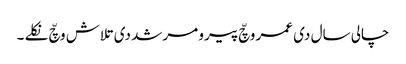
چالی سال دی عمر وچّ پیرو مرشد دی تلاش وچّ نکلے ۔